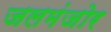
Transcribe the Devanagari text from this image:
जलमंजोर